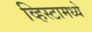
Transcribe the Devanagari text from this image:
व्हिस्टामध्ये